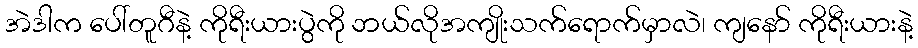
အဲဒါက ပေါ်တူဂီနဲ့ ကိုရီးယားပွဲကို ဘယ်လိုအကျိုးသက်ရောက်မှာလဲ၊ ကျနော် ကိုရီးယားနဲ့